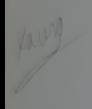
Signature authenticity: genuine